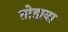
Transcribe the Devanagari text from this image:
तोडावा